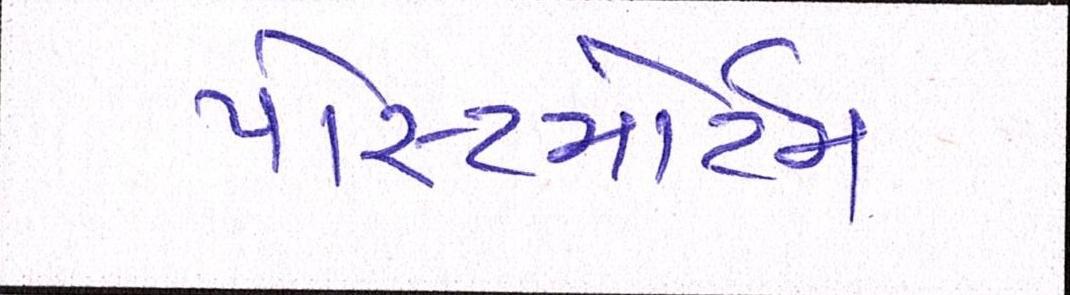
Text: પોસ્ટમોર્ટમ